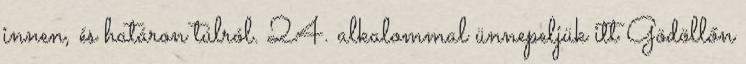
innen, és határon túlról. 24. alkalommal ünnepeljük itt Gödöllőn